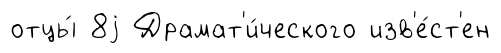
отцы́ 8j Драмат'и́ческого изв'е́ст'ен